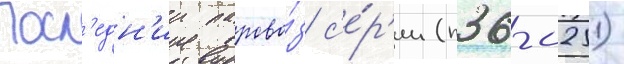
Посл'едн'ии парово́з с'е́р'ии (п36-0251)